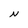
Character: N